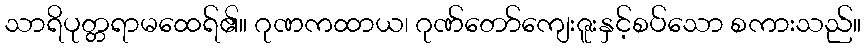
သာရိပုတ္တရာမထေရ်၏။ ဂုဏကထာယ၊ ဂုဏ်တော်ကျေးဇူးနှင့်စပ်သော စကားသည်။